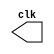
//-------------------------------------------
// Exercicio 07 - Guia 08
// Nome: Rayan Darwin
//-------------------------------------------

//-----------------------------------
// CLOCK
//-----------------------------------
module clock ( clk );
	output clk;
	reg clk;
	initial begin
	   clk = 1'b0;
	end
	
	always begin
	   #12 clk = ~clk;
	end
endmodule //------ clock ( )

//-----------------
// FLIP-FLOP d
//-----------------

module FlipFlopD(q,qnot,data,clk);
	output q;
	output qnot;
	input data;
	input clk;
	
	reg q,qnot;
	
	initial begin
		q = 1'b0;
		qnot = 1'b1;
	end
	always @ (posedge clk)
		begin
		q <= data;	qnot <= ~q;
		end
			
endmodule //--

//------------
//Right Shift
//------------
module rightShift (output [0:3]s, output [0:3]snot, input [0:3]data, input clk);
	wire w0,w1,w2,w3;
	
	or o0(w0,data[0],snot[3]);
	or o1(w1,data[1],s[0]);
	or o2(w2,data[2],s[1]);
	or o3(w3,data[3],s[2]);
	
	
	FlipFlopD d0(s[0],snot[0],w0,clk);
	FlipFlopD d1(s[1],snot[1],w1,clk);
	FlipFlopD d2(s[2],snot[2],w2,clk);
	FlipFlopD d3(s[3],snot[3],w3,clk);
	
	
endmodule //--rightShift

//-------------
//	Test Shift
//-------------
module testShift;

	reg [0:3]data;
	
	wire [0:3]s;
	wire [0:3]snot;
	wire clk;
	
	clock c1(clk);
	rightShift s1 (s,snot,data,clk);
	
	initial
		begin
			data = 4'b1111;
		end
	
	initial
		begin
		$display("Exercicio 07 - Rayan Darwin - 412770");		
		$display("\t\t Clk    Data   Output");
		#13 data = 4'b0000;
		#264 $finish;
		end
		
	
	always @(posedge clk)
		begin
			$display("%d	%b  %b",$time,data,s);
		end

endmodule //--testShift